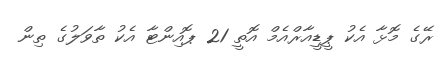
ރޭގެ މޮޅާ އެކު ޕީޑީއާރްއެމް އޮތީ 21 ޕޮއިންޓާ އެކު ތާވަލުގެ ތިން